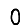
Digit: 0